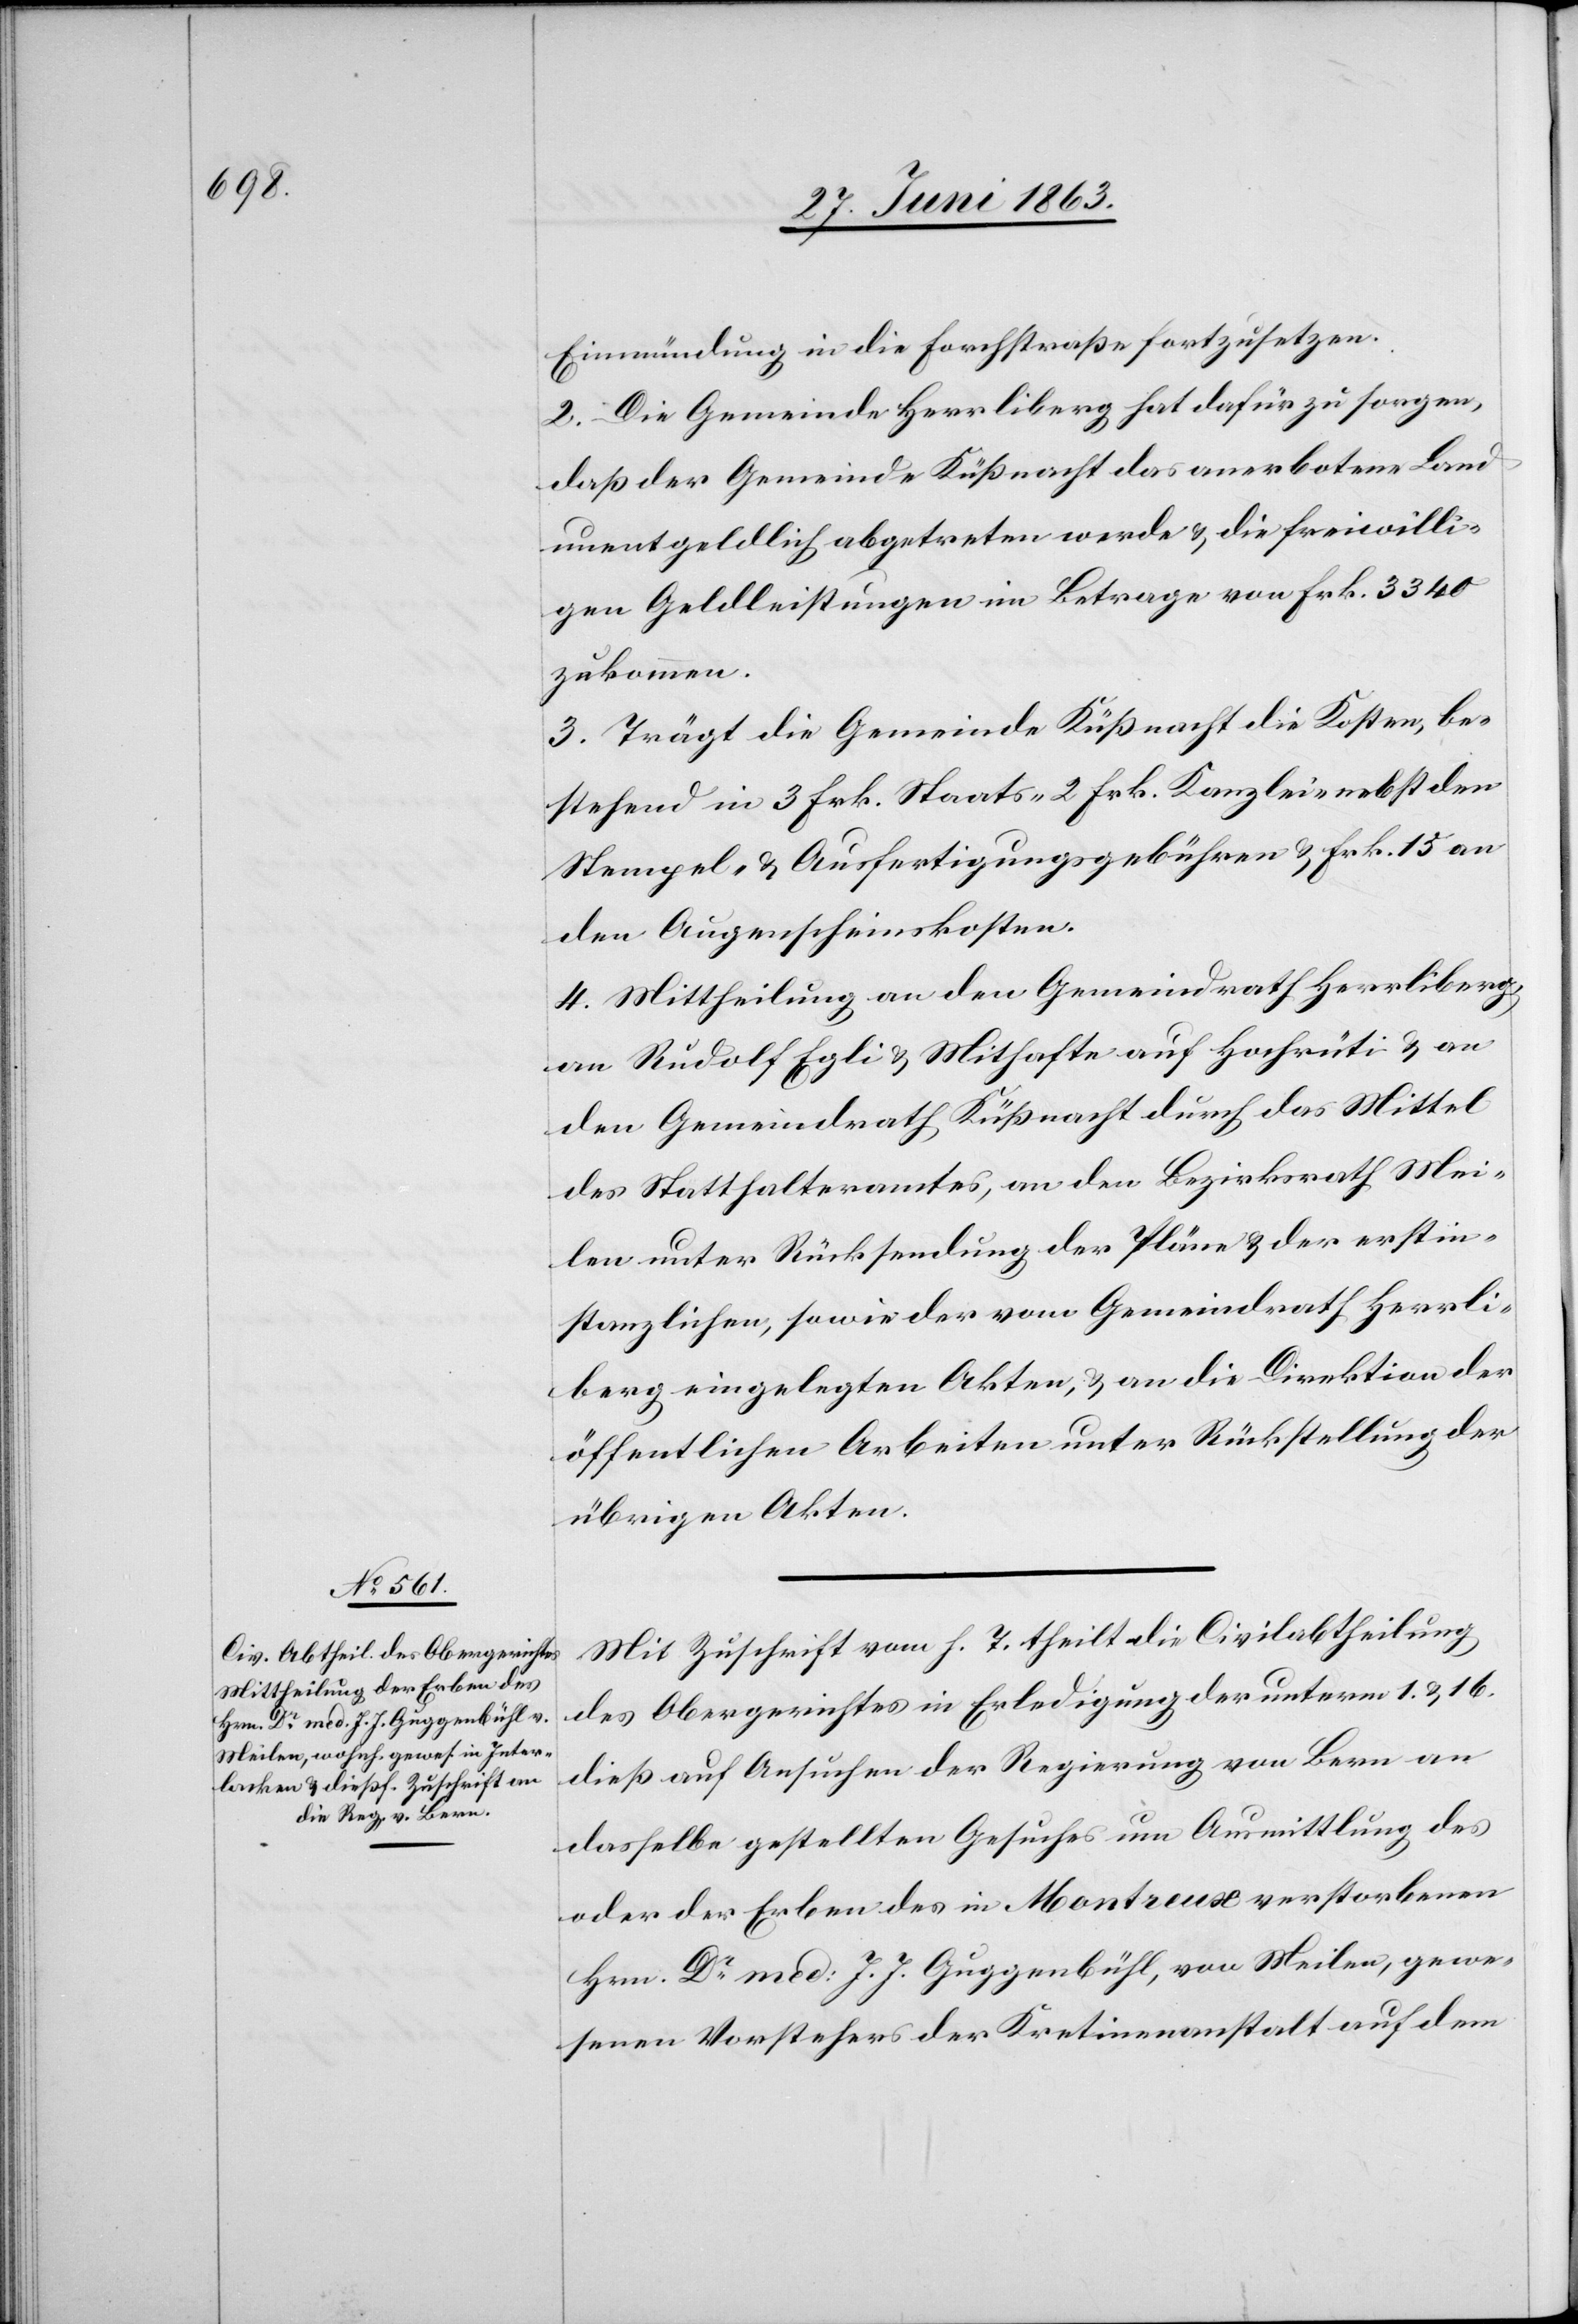
Einmündung in die Forchstraße fortzusetzen.
2. Die Gemeinde Herrliberg hat dafür zu sorgen,
daß der Gemeinde Küßnacht das anerbotene Land
unentgeldlich abgetreten werde & die freiwilli¬
gen Geldleistungen im Betrage von Frk. 3340
zukommen.
3. Trägt die Gemeinde Küßnacht die Kosten, be¬
stehend in 3 Frk. Staats-[,] 2 Frk. Kanzlei- nebst den
Stempel- & Ausfertigungsgebühren & Frk. 15 an
den Augenscheinskosten.
4. Mittheilung an den Gemeindrath Herrliberg,
an Rudolf Egli & Mithafte auf Hochrüti & an
den Gemeindrath Küßnacht durch das Mittel
des Statthalteramtes, an den Bezirksrath Mei¬
len unter Rücksendung der Pläne & der erstin¬
stanzlichen, sowie der vom Gemeindrath Herrli¬
berg eingelegten Akten, & an die Direktion der
öffentlichen Arbeiten unter Rückstellung der
übrigen Akten.
Mit Zuschrift vom h. T. theilt die Civilabtheilung
des Obergerichtes in Erledigung der unterm 1. & 16.
dieß auf Ansuchen der Regierung von Bern an
dasselbe gestellten Gesuches um Ausmittlung des
oder der Erben des in Montreux verstorbenen
Hrn. Dr med: J. J. Guggenbühl, von Meilen, gewe¬
senen Vorstehers der Kretinenanstalt auf dem